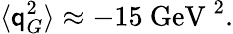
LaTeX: \langle\mathsf{q}_{G}^{2}\rangle\approx-15\mathrm{{\ GeV\ }}^{2}.